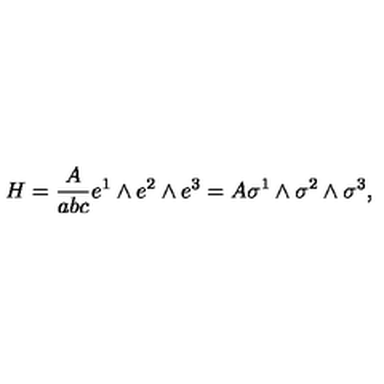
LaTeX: H = \frac A { a b c } e ^ { 1 } \wedge e ^ { 2 } \wedge e ^ { 3 } = A \sigma ^ { 1 } \wedge \sigma ^ { 2 } \wedge \sigma ^ { 3 } ,